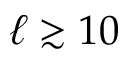
\ell \gtrsim 1 0